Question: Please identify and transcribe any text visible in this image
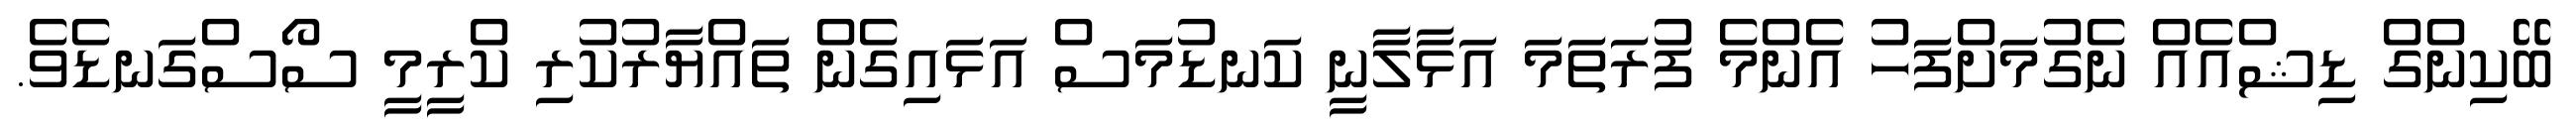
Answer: ބޭކިންގް ޑިޝްއެއް ނެގުމަށްފަހު އެންމެ ފުރަތަމަ އަޅާލާނީ ކަނޑުމަސް އަޅައިގެން ތައްޔާރުކުރި ކްރީމީ ސޯސްގަނޑެވެ.